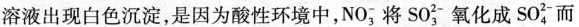
溶液出现白色沉淀，是因为酸性环境中，NO_{3}^{-}将SO_{3}^{2-}氧化成SO_{4}^{2-}而